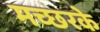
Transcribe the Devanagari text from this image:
मच्छरके